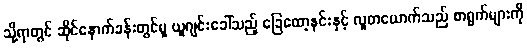
သို့ရာတွင် ဆိုင်နောက်ခန်းတွင်မူ ယူဂျင်းခေါ်သည့် ခြေထော့နင်းနှင့် လူတယောက်သည် စာရွက်များကို